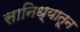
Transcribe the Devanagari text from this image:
सानिध्यातून